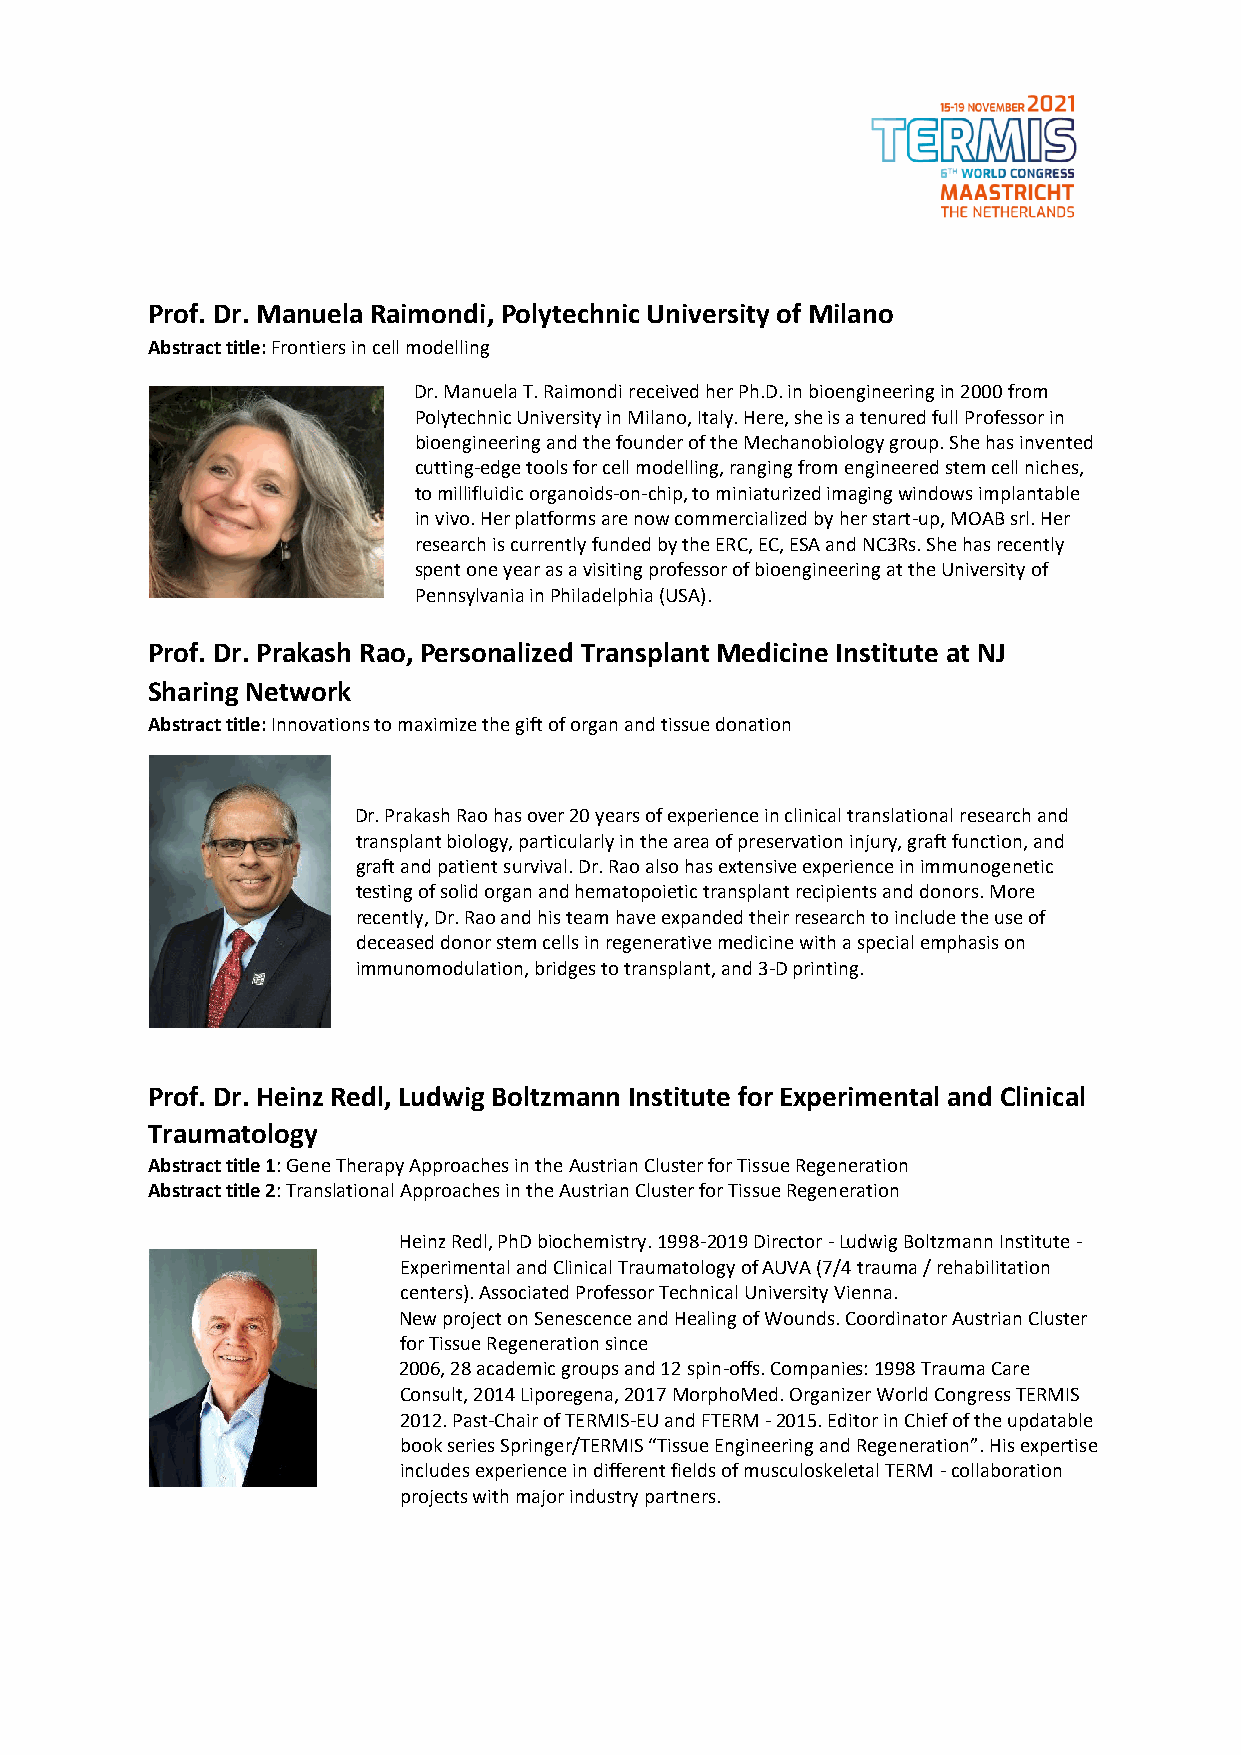
Prof. Dr. Manuela Raimondi, Polytechnic University of Milano
 Abstract title: Frontiers in cell modelling
 Dr. Manuela T. Raimondi received her Ph.D. in bioengineering in 2000 from
 Polytechnic University in Milano, Italy. Here, she is a tenured full Professor in
 bioengineering and the founder of the Mechanobiology group. She has invented
 cutting-edge tools for cell modelling, ranging from engineered stem cell niches,
 to millifluidic organoids-on-chip, to miniaturized imaging windows implantable
 in vivo. Her platforms are now commercialized by her start-up, MOAB srl. Her
 research is currently funded by the ERC, EC, ESA and NC3Rs. She has recently
 spent one year as a visiting professor of bioengineering at the University of
 Pennsylvania in Philadelphia (USA).
 Prof. Dr. Prakash Rao, Personalized Transplant Medicine Institute at NJ
 Sharing Network
 Abstract title: Innovations to maximize the gift of organ and tissue donation
 Dr. Prakash Rao has over 20 years of experience in clinical translational research and
 transplant biology, particularly in the area of preservation injury, graft function, and
 graft and patient survival. Dr. Rao also has extensive experience in immunogenetic
 testing of solid organ and hematopoietic transplant recipients and donors. More
 recently, Dr. Rao and his team have expanded their research to include the use of
 deceased donor stem cells in regenerative medicine with a special emphasis on
 immunomodulation, bridges to transplant, and 3-D printing.
 Prof. Dr. Heinz Redl, Ludwig Boltzmann Institute for Experimental and Clinical
 Traumatology
 Abstract title 1: Gene Therapy Approaches in the Austrian Cluster for Tissue Regeneration
 Abstract title 2: Translational Approaches in the Austrian Cluster for Tissue Regeneration
 Heinz Redl, PhD biochemistry. 1998-2019 Director - Ludwig Boltzmann Institute -
 Experimental and Clinical Traumatology of AUVA (7/4 trauma / rehabilitation
 centers). Associated Professor Technical University Vienna.
 New project on Senescence and Healing of Wounds. Coordinator Austrian Cluster
 for Tissue Regeneration since
 2006, 28 academic groups and 12 spin-offs. Companies: 1998 Trauma Care
 Consult, 2014 Liporegena, 2017 MorphoMed. Organizer World Congress TERMIS
 2012. Past-Chair of TERMIS-EU and FTERM - 2015. Editor in Chief of the updatable
 book series Springer/TERMIS “Tissue Engineering and Regeneration”. His expertise
 includes experience in different fields of musculoskeletal TERM - collaboration
 projects with major industry partners.